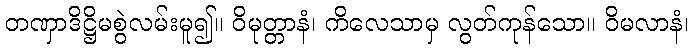
တဏှာဒိဋ္ဌိမစွဲလမ်းမူ၍။ ဝိမုတ္တာနံ၊ ကိလေသာမှ လွတ်ကုန်သော။ ဝိမလာနံ၊